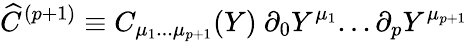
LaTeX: {\widehat C}^{(p+1)}\equiv C_{\mu_{1}...\mu_{p+1}}(Y)\ \partial_{0}Y^{\mu_{1}}...\partial_{{p}}Y^{\mu_{p+1}}